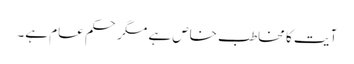
آیت کا مخاطب خاص ہے مگر حکم عام ہے۔